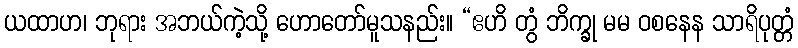
ယထာဟ၊ ဘုရား အဘယ်ကဲ့သို့ ဟောတော်မူသနည်း။ “ဧဟိ တွံ ဘိက္ခု မမ ဝစနေန သာရိပုတ္တံ